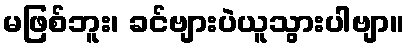
မဖြစ်ဘူး၊ ခင်ဗျားပဲယူသွားပါဗျာ။